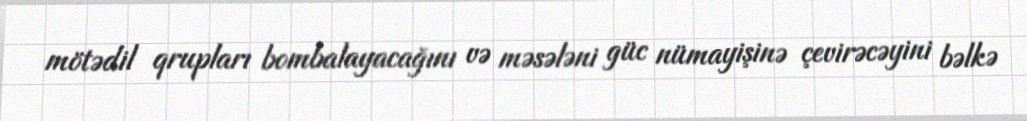
mötədil qrupları bombalayacağını və məsələni güc nümayişinə çevirəcəyini bəlkə